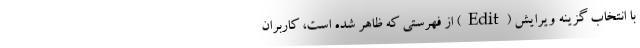
با انتخاب گزینه ویرایش (Edit) از فهرستی که ظاهر شده است، کاربران